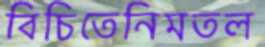
বিচিতেনিমতল